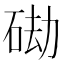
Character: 䂶